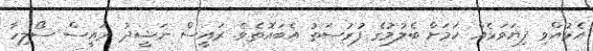
އެޅުއްވި ފިޔަވަޅެއް ކަމަށް ބެލުމުގެ ފުރުސަތު އެބައޮތެވެ. ރައީސް ނަޝީދު ރައީސް ސޯލިހާ